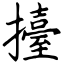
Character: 擡